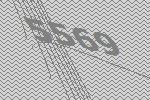
5569